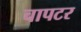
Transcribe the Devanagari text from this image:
चापटर